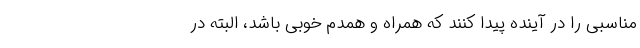
مناسبی را در آینده پیدا کنند که همراه و همدم خوبی باشد، البته در